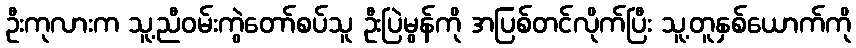
ဦးကုလားက သူ့ညီဝမ်းကွဲတော်စပ်သူ ဦးပြဲမွန်ကို အပြစ်တင်လိုက်ပြီး သူ့တူနှစ်ယောက်ကို